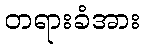
တရားခံအား